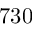
7 3 0